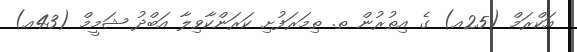
އަކްރަމް (25އ) ގެ އިތުރުން ތ. ތިމަރަފުށި ކަރަންކާވިލާ އަބްދު ޝަމީމް (43އ)